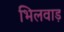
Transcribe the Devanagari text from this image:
भिलवाड़